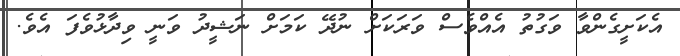
އެކަށީގެންވާ ވަގުތު އެއްވެސް ވަރަކަށް ނުދޭ ކަމަށް ނަޝީދު ވަނީ ވިދާޅުވެފަ އެވެ.